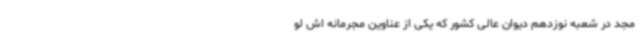
مجد در شعبه نوزدهم دیوان عالی کشور که یکی از عناوین مجرمانه اش لو